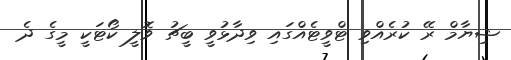
ޝިޔާމް ރޭ ކުރެއްވި ޓްވީޓެއްގައި ވިދާޅުވީ ބީޗު ވޮލީ ކޯޓަކީ މީގެ ދެ